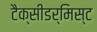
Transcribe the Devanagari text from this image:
टैक्सीडर्मिस्ट